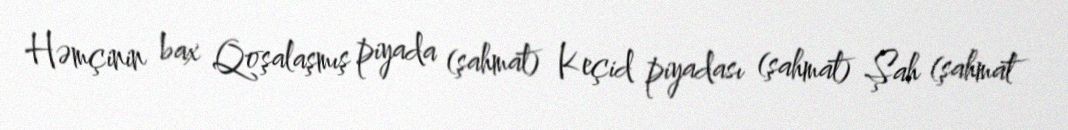
Həmçinin bax Qoşalaşmış piyada (şahmat) Keçid piyadası (şahmat) Şah (şahmat